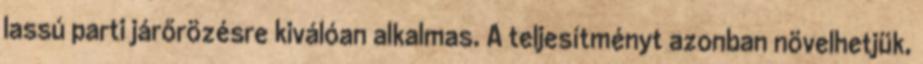
lassú parti járőrözésre kiválóan alkalmas. A teljesítményt azonban növelhetjük,